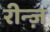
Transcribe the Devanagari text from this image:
रीन्ज़